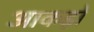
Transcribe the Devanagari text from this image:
आकड़ो